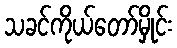
သခင်ကိုယ်တော်မှိုင်း